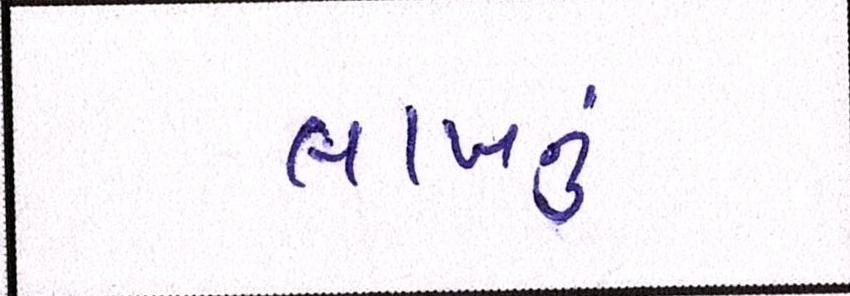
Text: લાખનું